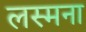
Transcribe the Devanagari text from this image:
लस्मना